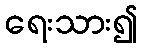
ရေးသား၍